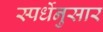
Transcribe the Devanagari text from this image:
स्पर्धेनुसार